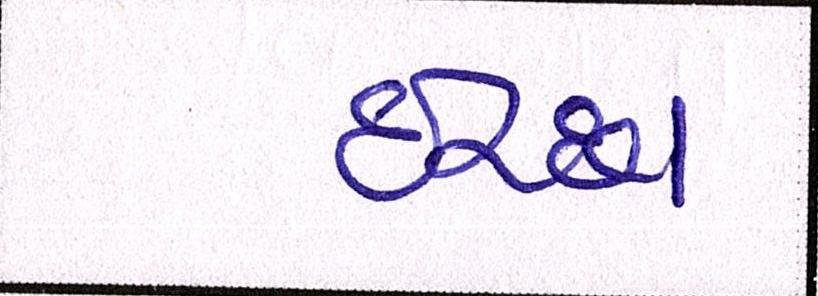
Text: ઈચ્છા